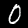
Label: 0